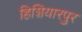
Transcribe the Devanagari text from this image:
हिशियारपुर